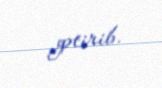
gətirib.